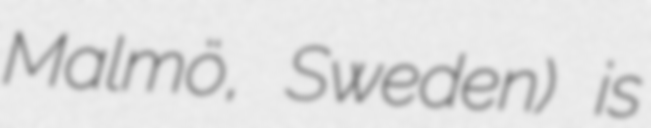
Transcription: Malmö, Sweden) is